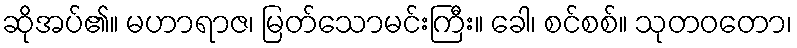
ဆိုအပ်၏။ မဟာရာဇ၊ မြတ်သောမင်းကြီး။ ခေါ၊ စင်စစ်။ သုတဝတော၊